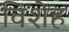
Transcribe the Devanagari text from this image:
विशेह